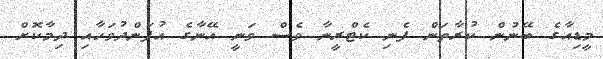
މީޑިއާގެ ބޭނުން ކުރާތަން ފެނި ކެޓްރީނާ ވެސް ވަނީ އޭނާގެ އުފަންދުވަހާއި ދިމާކޮށް